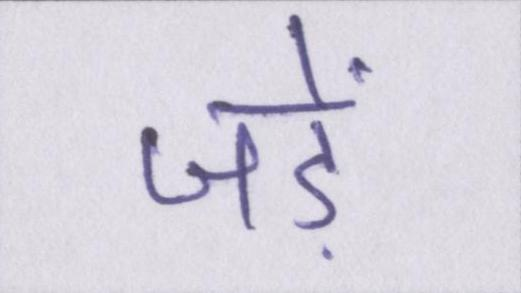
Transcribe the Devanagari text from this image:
जड़ें